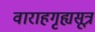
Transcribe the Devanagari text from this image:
वाराहगृह्यसूत्र